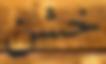
خشن